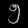
Digit: ၅